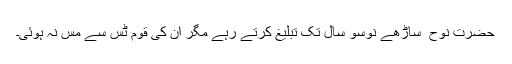
حضرت نوح ؑ ساڑھے نوسو سال تک تبلیغ کرتے رہے مگر ان کی قوم ٹس سے مس نہ ہوئی۔